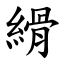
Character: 縎